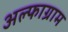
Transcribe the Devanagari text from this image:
अल्फाग्राम